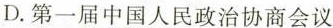
D.第一届中国人民政治协商会议